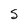
Character: 5